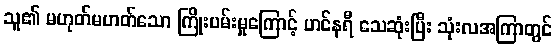
သူ၏ မဟုတ်မဟတ်သော ကြိုးပမ်းမှုကြောင့် ဟင်နရီ သေဆုံးပြီး သုံးလအကြာတွင်